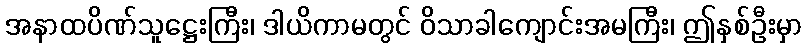
အနာထပိဏ်သူဋ္ဌေးကြီး၊ ဒါယိကာမတွင် ဝိသာခါကျောင်းအမကြီး၊ ဤနှစ်ဦးမှာ